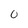
Character: O